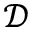
\mathcal { D }